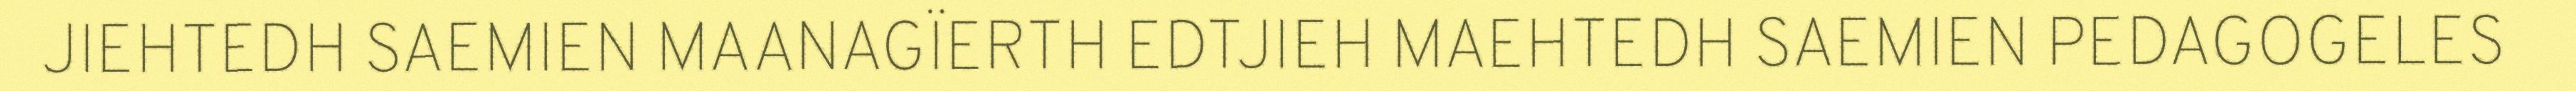
JIEHTEDH SAEMIEN MAANAGÏERTH EDTJIEH MAEHTEDH SAEMIEN PEDAGOGELES